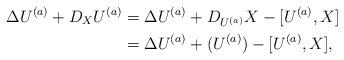
LaTeX: \begin{align*} \Delta U^{(a)} + D_X U^{(a)} &= \Delta U^{(a)} + D_{U^{(a)}} X - [U^{(a)},X] \\ &= \Delta U^{(a)} + (U^{(a)}) - [U^{(a)},X], \end{align*}